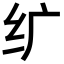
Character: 纩